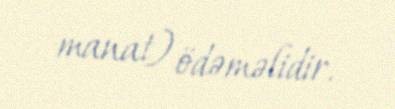
manat) ödəməlidir.